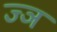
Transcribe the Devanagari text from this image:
ज्‍ञ